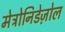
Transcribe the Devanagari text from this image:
मेट्रोनिडेज़ोल